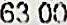
63.00